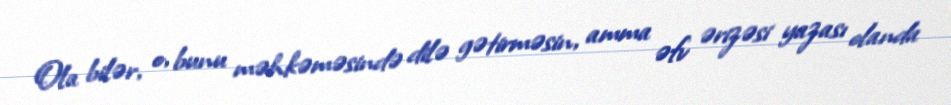
Ola bilər, o, bunu məhkəməsində dilə gətirməsin, amma əfv ərizəsi yazası olanda